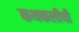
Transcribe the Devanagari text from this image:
कथकलीची